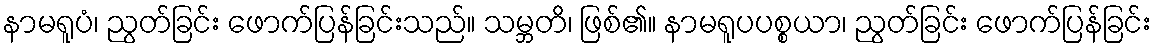
နာမရူပံ၊ ညွတ်ခြင်း ဖောက်ပြန်ခြင်းသည်။ သမ္ဘတိ၊ ဖြစ်၏။ နာမရူပပစ္စယာ၊ ညွတ်ခြင်း ဖောက်ပြန်ခြင်း